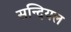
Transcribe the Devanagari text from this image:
सन्दियल